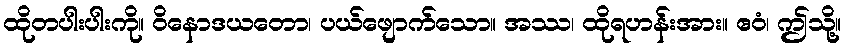
ထိုတပါးပါးကို။ ဝိနောဒယတော၊ ပယ်ဖျောက်သော။ အဿ၊ ထိုရဟန်းအား။ ဧဝံ၊ ဤသို့။